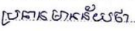
ប្រធានមានន័យថា